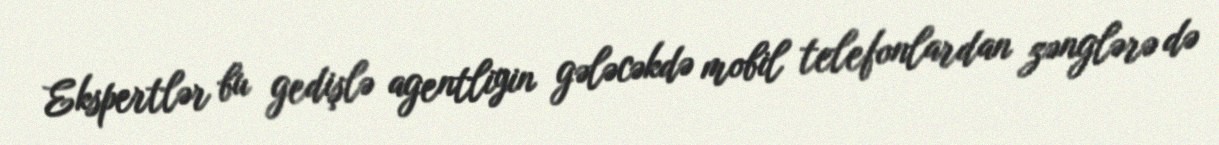
Ekspertlər bu gedişlə agentliyin gələcəkdə mobil telefonlardan zənglərə də